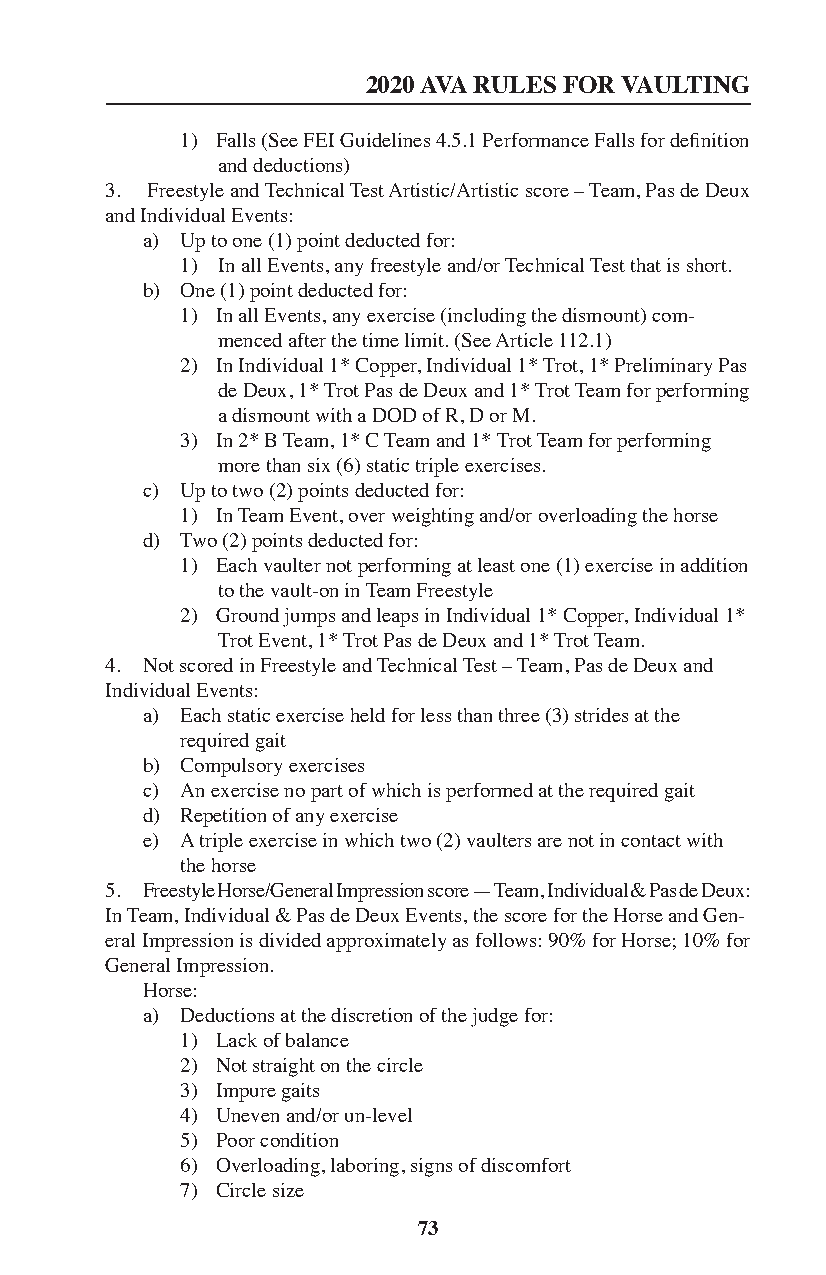
2020 AVA RULES FOR VAULTING
 1) Falls (See FEI Guidelines 4.5.1 Performance Falls for definition
 and deductions)
 3. Freestyle and Technical Test Artistic/Artistic score – Team, Pas de Deux
 and Individual Events:
 a) Up to one (1) point deducted for:
 1) In all Events, any freestyle and/or Technical Test that is short.
 b) One (1) point deducted for:
 1) In all Events, any exercise (including the dismount) com-
 menced after the time limit. (See Article 112.1)
 2) In Individual 1* Copper, Individual 1* Trot, 1* Preliminary Pas
 de Deux, 1* Trot Pas de Deux and 1* Trot Team for performing
 a dismount with a DOD of R, D or M.
 3) In 2* B Team, 1* C Team and 1* Trot Team for performing
 more than six (6) static triple exercises.
 c) Up to two (2) points deducted for:
 1) In Team Event, over weighting and/or overloading the horse
 d) Two (2) points deducted for:
 1) Each vaulter not performing at least one (1) exercise in addition
 to the vault-on in Team Freestyle
 2) Ground jumps and leaps in Individual 1* Copper, Individual 1*
 Trot Event, 1* Trot Pas de Deux and 1* Trot Team.
 4. Not scored in Freestyle and Technical Test – Team, Pas de Deux and
 Individual Events:
 a) Each static exercise held for less than three (3) strides at the
 required gait
 b) Compulsory exercises
 c) An exercise no part of which is performed at the required gait
 d) Repetition of any exercise
 e) A triple exercise in which two (2) vaulters are not in contact with
 the horse
 5. Freestyle Horse/General Impression score — Team, Individual & Pas de Deux:
 In Team, Individual & Pas de Deux Events, the score for the Horse and Gen-
 eral Impression is divided approximately as follows: 90% for Horse; 10% for
 General Impression.
 Horse:
 a) Deductions at the discretion of the judge for:
 1) Lack of balance
 2) Not straight on the circle
 3) Impure gaits
 4) Uneven and/or un-level
 5) Poor condition
 6) Overloading, laboring, signs of discomfort
 7) Circle size
 73